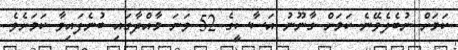
ކަމަށް ނުބެލެވޭނެ ކަމަށް ގާނޫނު އަސާސީގެ 52 ވަނަ މާއްދާގައި ބުނެފައިވާ ކަމަށެވެ.